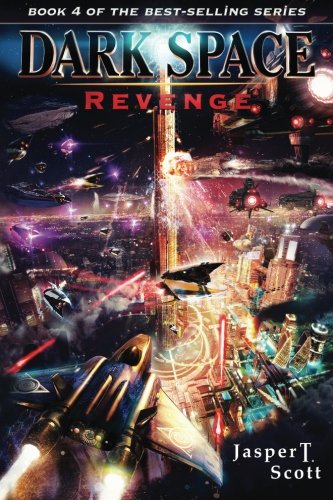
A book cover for Dark Space (Book 4): Revenge; Jasper T. Scott; Science Fiction & Fantasy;